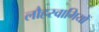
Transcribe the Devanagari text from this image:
लौहस्वामियों